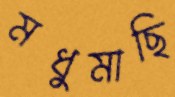
মধুমাছি